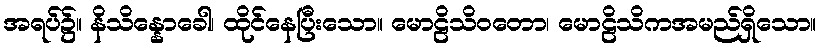
အရပ်၌။ နိသိန္နောခေါ၊ ထိုင်နေပြီးသော။ မောဠိသိဝတော၊ မောဠိသိကအမည်ရှိသော။